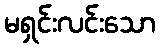
မရှင်းလင်းသော